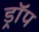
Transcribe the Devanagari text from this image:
ड्राॅप